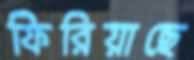
ফিরিয়াছে